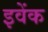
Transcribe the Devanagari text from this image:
इवेंक